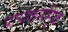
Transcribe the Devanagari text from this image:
पापकर्मामुळे